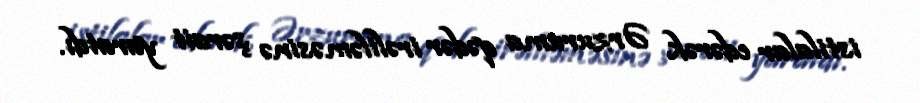
istilalar edərək Ərzuruma qədər irəliləməsinə şərait yaratdı.